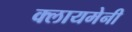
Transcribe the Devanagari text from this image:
क्लायमेनी